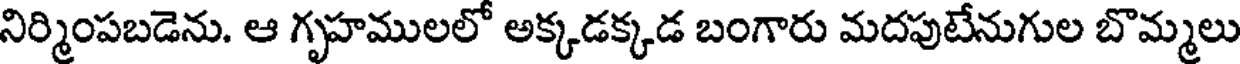
నిర్మింపబడెను. ఆ గృహములలో అక్కడక్కడ బంగారు మదపుటేనుగుల బొమ్మలు